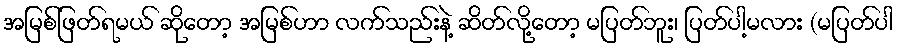
အမြစ်ဖြတ်ရမယ် ဆိုတော့ အမြစ်ဟာ လက်သည်းနဲ့ ဆိတ်လို့တော့ မပြတ်ဘူး၊ ပြတ်ပါ့မလား (မပြတ်ပါ